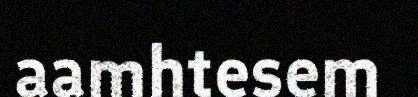
aamhtesem